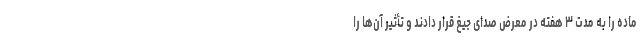
ماده را به مدت ۳ هفته در معرض صدای جیغ قرار دادند و تأثیر آن‌ها را